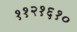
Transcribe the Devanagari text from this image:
११२१६१०